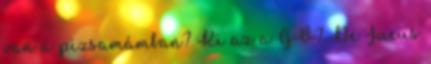
van a pizsamámban? Ki az a GV? De Jucus